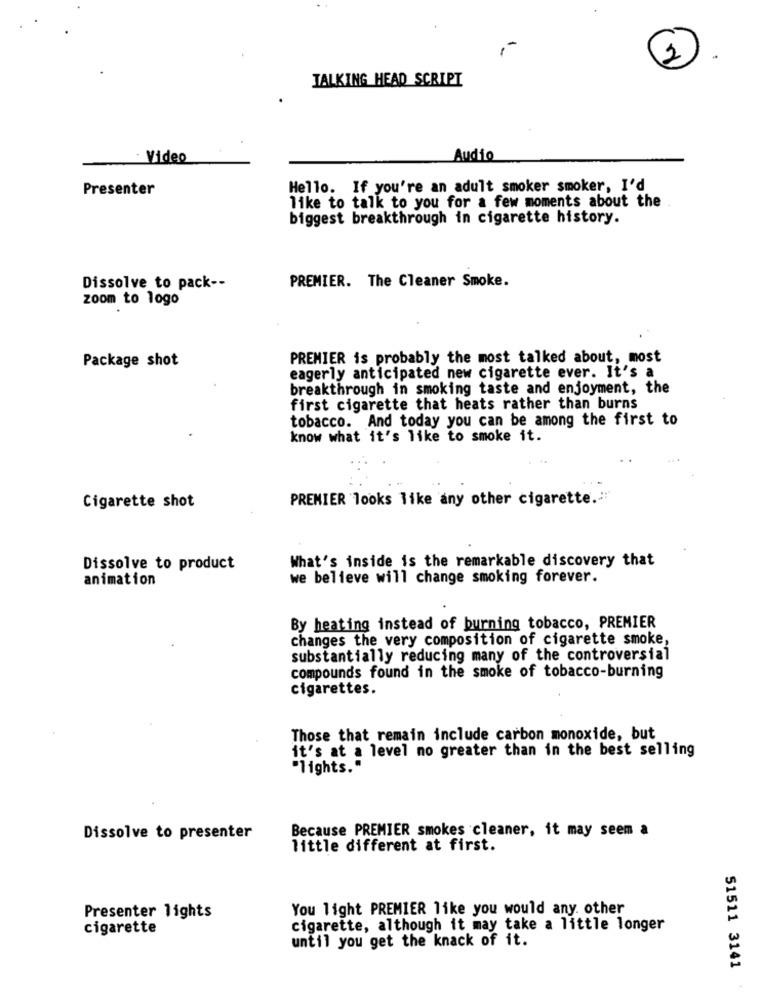
TALKING HEAD SCRIPT
-
Video
Audio
Presenter
Hello. If you're an adult smoker smoker, I'd
like to talk to you for a few moments about the
biggest breakthrough in cigarette history.
Dissolve to pack --
PREMIER. The Cleaner Smoke.
zoom to logo
Package shot
PREMIER is probably the most talked about, most
eagerly anticipated new cigarette ever. It's a
breakthrough in smoking taste and enjoyment, the
first cigarette that heats rather than burns
tobacco. And today you can be among the first to
know what it's like to smoke it.
PREMIER looks like any other cigarette .:
Cigarette shot
What's inside is the remarkable discovery that
Dissolve to product
animation
we believe will change smoking forever.
By heating instead of burning tobacco, PREMIER
changes the very composition of cigarette smoke,
substantially reducing many of the controversial
compounds found in the smoke of tobacco-burning
cigarettes.
Those that remain include carbon monoxide, but
it's at a level no greater than in the best selling
"lights."
Because PREMIER smokes cleaner, it may seem a
Dissolve to presenter
little different at first.
You light PREMIER like you would any other
Presenter lights
cigarette
cigarette, although it may take a little longer
until you get the knack of it.
51511 3141